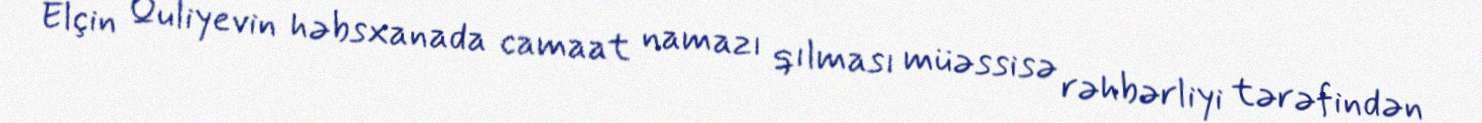
Elçin Quliyevin həbsxanada camaat namazı qılması müəssisə rəhbərliyi tərəfindən